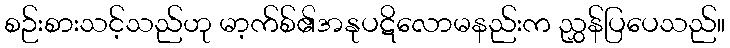
စဉ်းစားသင့်သည်ဟု မာ့က်စ်၏အနုပဋိလောမနည်းက ညွှန်ပြပေသည်။